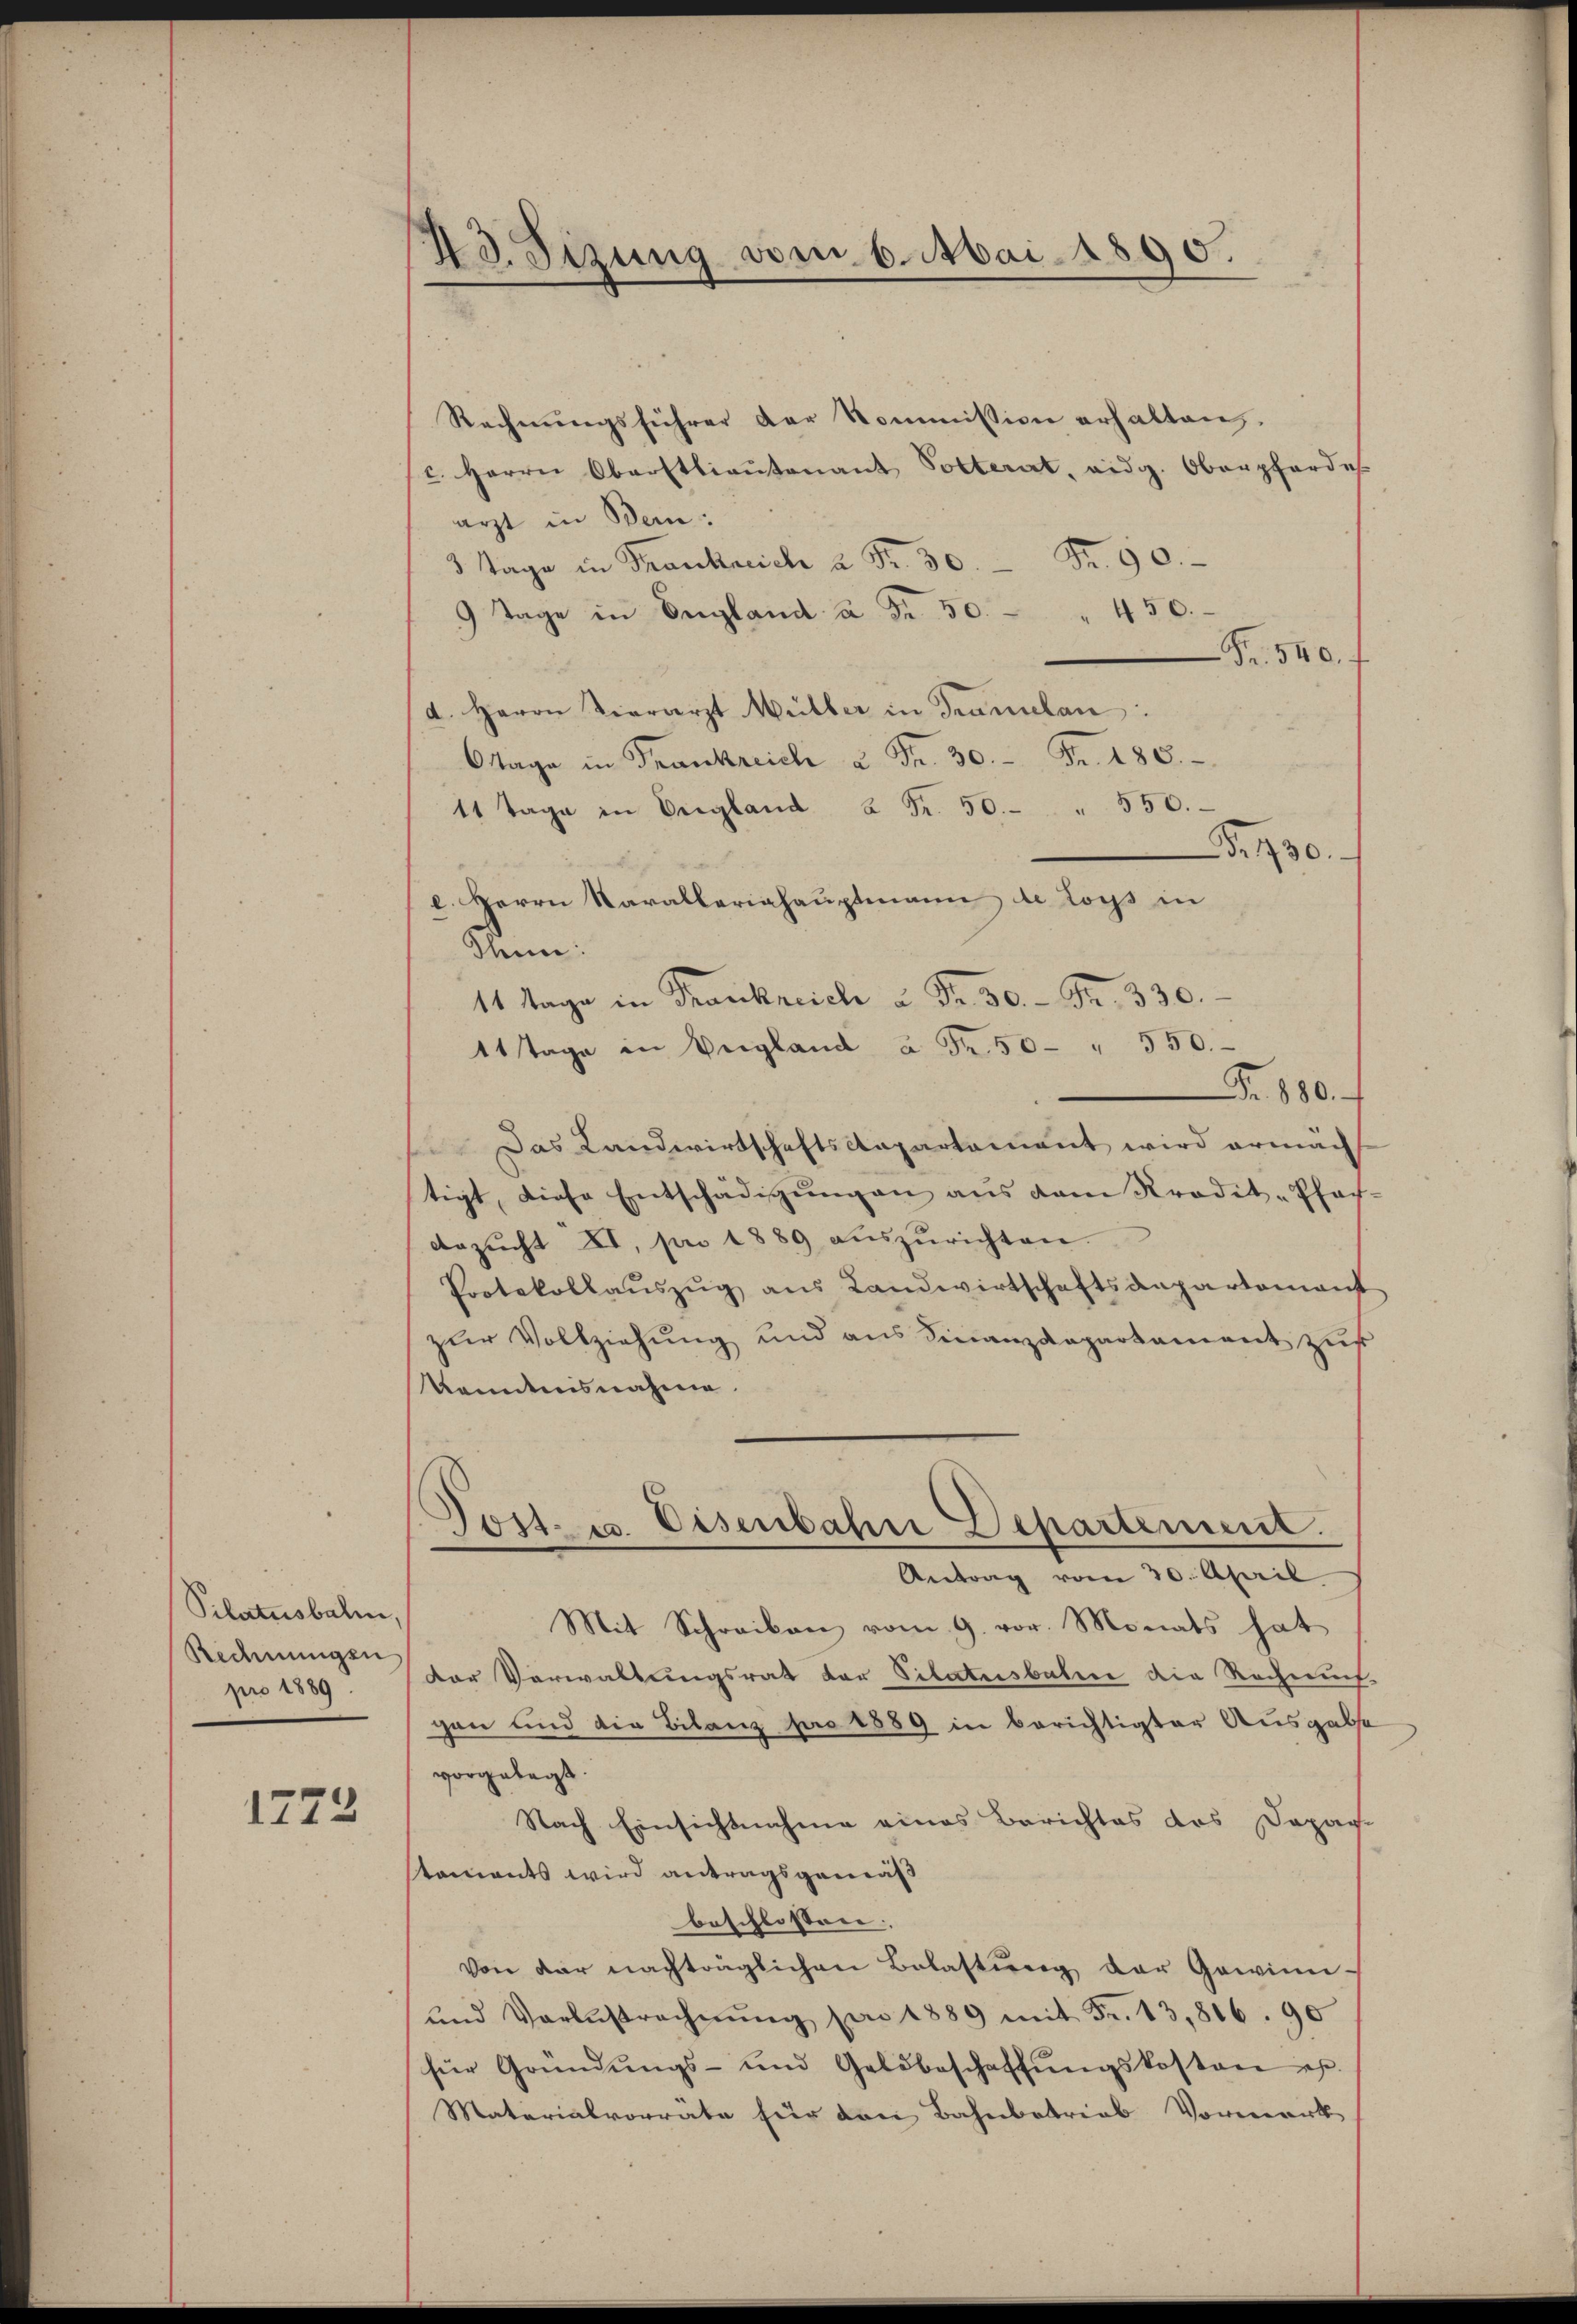
Pilatusbalen,
Redmungen
pro 1889.

1772

Rechnungsführer der Kommission erhalten.
c. Herrn Oberstlieutenant Solterat, eidg. Oberpfardes
arzt in Bern:
3 Tage in Frankreich à Fr. 30. Fr. 90.
9 Tage in England à Fr. 50. - " 450.
Fr. 540.
d. Herrn Verrarzt Müller in Tramelan:
Otage in Frankreich 2 Fr. 30. - Fr. 180.
11 Tage in England 2 Fr. 50. " 550.
B. 1730.
l. Herrn Varallerishauptmann de loys in
kann.
14 Tage in Frankreich u Fr. 30. - Fr. 330.
11 Tage in Vergland à Fr. 50 " 550.
Fr. 880.
 Das Landwirtschaftsdepartement wird ermacht
tigt, diese Entschädigŭngen ans dem Kredit-Pfar-
Arzŭcht II. pro 1889 aŭszŭrichten.
Protokollaŭszŭg aŭs Landwirtschaftsanpartement
zur Vollziehung und aus Finanzdepartament zus
Kenntnisnahme.
Post. u. Eisenbahn Departement.
Antrag vom 30. April
Mit Schreiben vom 9. vor. Monats hat
Der Verwaltungsrat der Sitatisbater die Rechnun
gen und die Bilanz pro 1889 in berichtigter Ausgabe
vorgelegt.
Nach Einsichtnahme eines Berichtes des Depar-
taments wird antragsgemäß
beschlossen: |
Von der nachträglichen Belastŭng der Gewinn-
und Verlustrechnŭng pro 1889 mit Fr. 13,816. 90
für Gründŭngs- und Geldbeschaffŭngskosten es.
Materialvorrate für den Bahnbetrieb Vormerk

43. Sizung vom 6. Mai 1890.